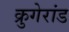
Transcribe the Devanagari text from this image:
क्रुगेरांड